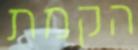
הקמת